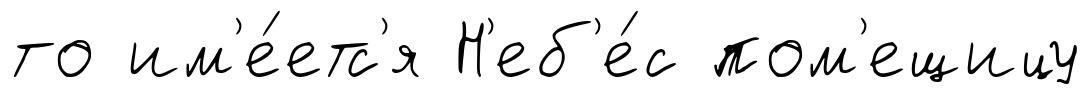
то им'е́етс'я Н'еб'е́с пом'ещицу